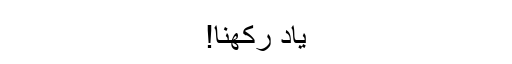
یاد رکھنا!